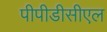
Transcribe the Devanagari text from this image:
पीपीडीसीएल